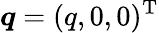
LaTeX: \boldsymbol{q}=(q,0,0)^{\mathrm{T}}